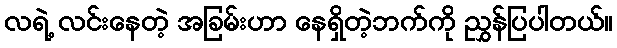
လရဲ့ လင်းနေတဲ့ အခြမ်းဟာ နေရှိတဲ့ဘက်ကို ညွှန်ပြပါတယ်။